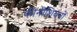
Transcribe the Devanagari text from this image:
फीनीशियनों